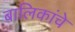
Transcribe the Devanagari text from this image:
बालिकांचे